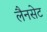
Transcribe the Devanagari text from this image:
लैनसेट